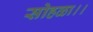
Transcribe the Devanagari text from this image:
सोहळा।।